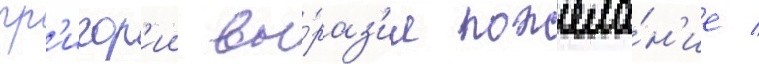
гр'игор'ии вы́раз'ил пожела́н'ие /